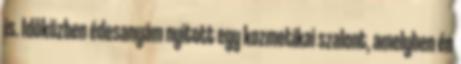
is. Idôközben édesanyám nyitott egy kozmetikai szalont, amelyben én